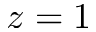
z = 1